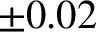
\pm 0 . 0 2